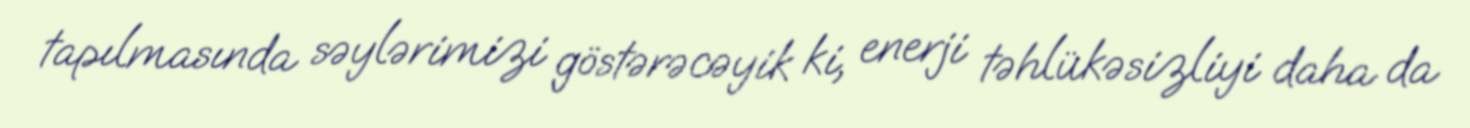
tapılmasında səylərimizi göstərəcəyik ki, enerji təhlükəsizliyi daha da